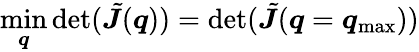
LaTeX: \operatorname*{min}_{\boldsymbol q}\operatorname*{det}(\tilde{\boldsymbol J}(\boldsymbol q))=\operatorname*{det}(\tilde{\boldsymbol J}(\boldsymbol q=\boldsymbol q_{\mathrm{max}}))